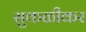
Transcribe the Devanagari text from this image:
सुकळीकर